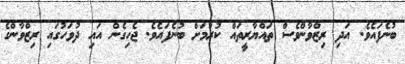
ބުނެފައެވެ. އަދި ރިޒްވާންވެސް ތައްޔާރީތައް ކުރުމަށް ބުނެފައެވެ. ޖެހިގެން އައި ދުވަހުގައި ރިޒްވާންގެ